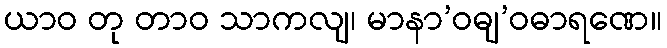
ယာဝ တု တာဝ သာကလျ၊ မာနာ’ဝဓျ’ဝဓာရဏေ။